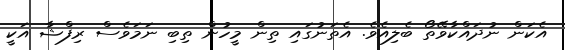
އެކަން ނުދައްކާވޭތޯ ބެލިއެވެ. އެތަނުގައި ތިން މީހުން ތިބި ނަމަވެސް ރިފްޝާ އަކީ